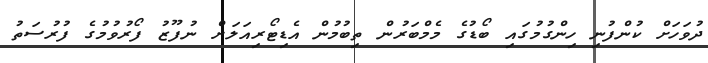
ދުވަހަށް ކުންފުނި ހިންގުމުގައި ބޯޑުގެ މެމްބަރުން ތިބުމުން އެޑިޓޯރިއަލަށް ނުފޫޒު ފޯރުވުމުގެ ފުރުސަތު